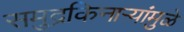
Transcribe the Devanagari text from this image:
समुद्रकिनार्‍यांमुळे